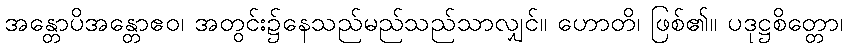
အန္တောပိအန္တောဧဝ၊ အတွင်း၌နေသည်မည်သည်သာလျှင်။ ဟောတိ၊ ဖြစ်၏။ ပဒုဋ္ဌစိတ္တော၊